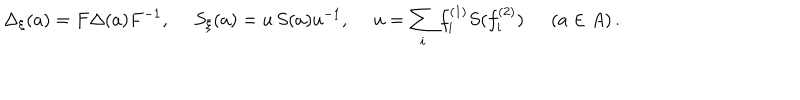
\Delta _ { \xi } ( a ) = F \Delta ( a ) F ^ { - 1 } , \quad \; S _ { \xi } ( a ) = u \, S ( a ) u ^ { - 1 } , \quad \; u = \sum _ { i } f _ { i } ^ { ( 1 ) } S ( f _ { i } ^ { ( 2 ) } ) \, \quad \; ( a \in A ) \, .